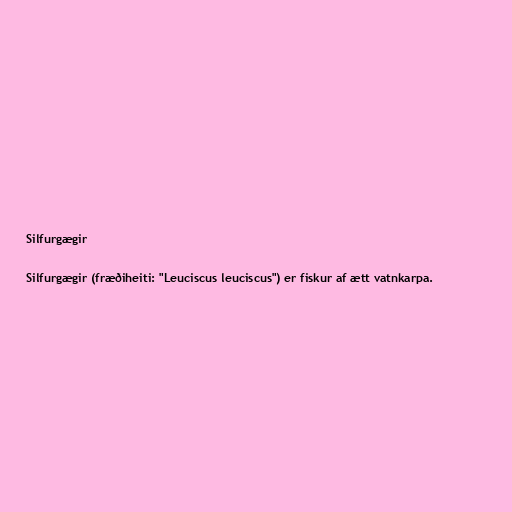
Silfurgægir

Silfurgægir (fræðiheiti: "Leuciscus leuciscus") er fiskur af ætt vatnkarpa.